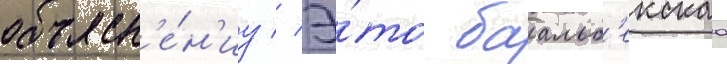
объясн'е́н'иу // Э́то баальб'екскаа